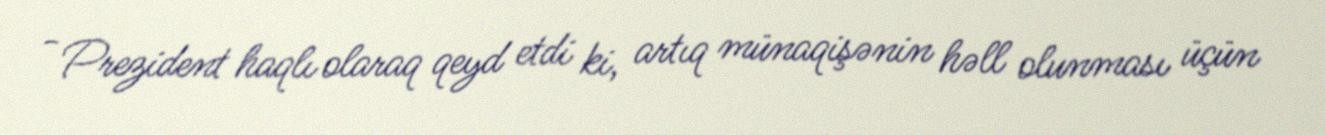
- Prezident haqlı olaraq qeyd etdi ki, artıq münaqişənin həll olunması üçün